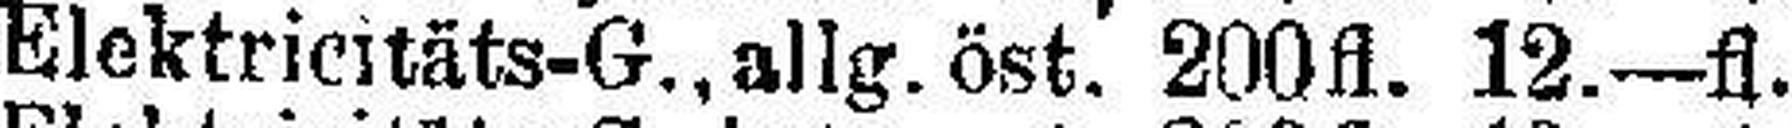
Elektricitäts-G., allg. öst. 200fl. 12.—fl.